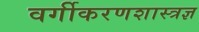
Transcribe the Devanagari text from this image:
वर्गीकरणशास्त्रज्ञ